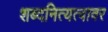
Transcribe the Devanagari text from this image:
शब्दनित्यत्वावर